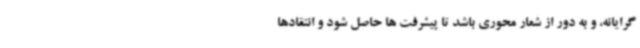
گرایانه، و به دور از شعار محوری باشد تا پیشرفت ها حاصل شود و انتقادها